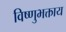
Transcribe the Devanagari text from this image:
विष्णुभक्ताय